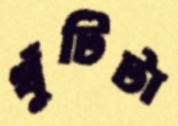
খুঁটিটা